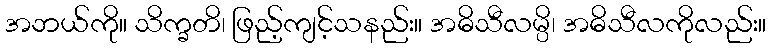
အဘယ်ကို။ သိက္ခတိ၊ ဖြည့်ကျင့်သနည်း။ အဓိသီလမ္ပိ၊ အဓိသီလကိုလည်း။